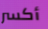
أكسر